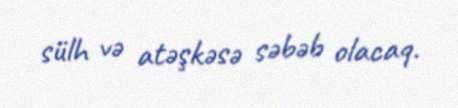
sülh və atəşkəsə səbəb olacaq.